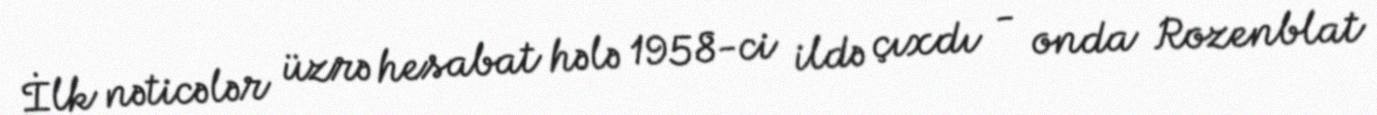
İlk nəticələr üzrə hesabat hələ 1958-ci ildə çıxdı - onda Rozenblat